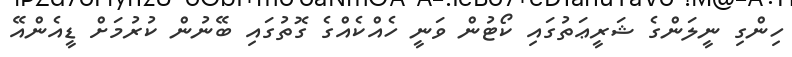
ހިންގި ނީލަންގެ ޝަރީޢަތުގައި ކޯޓުން ވަނީ ހެއްކެއްގެ ގޮތުގައި ބޭނުން ކުރުމަށް ޑީއެންއޭ